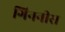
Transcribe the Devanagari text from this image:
गिननीस